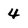
Character: 4